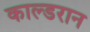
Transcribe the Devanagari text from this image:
काल्डरान